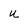
Character: u